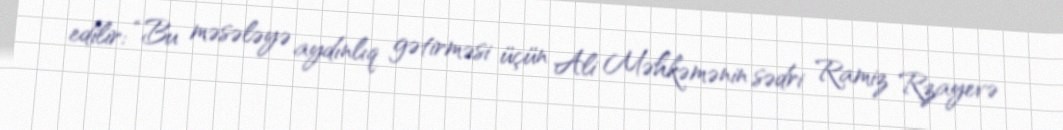
edilir: “Bu məsələyə aydınlıq gətirməsi üçün Ali Məhkəmənin sədri Ramiz Rzayevə